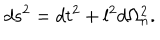
d s ^ { 2 } = d t ^ { 2 } + l ^ { 2 } d \Omega _ { n } ^ { 2 } .